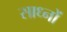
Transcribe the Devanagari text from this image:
साध्नों